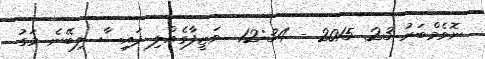
ނޮވެމްބަރު 23